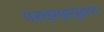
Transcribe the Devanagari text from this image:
गरुड़महापुराण